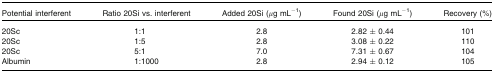
<table><thead><tr><td><b>Potential interferent</b></td><td><b>Ratio 20Si vs. interferent</b></td><td><b>Added 20Si (<i>μ</i>g mL<sup>−1</sup>)</b></td><td><b>Found 20Si (<i>μ</i>g mL<sup>−1</sup>)</b></td><td><b>Recovery (%)</b></td></tr></thead><tbody><tr><td>20Sc</td><td>1:1</td><td>2.8</td><td>2.82 ± 0.44</td><td>101</td></tr><tr><td>20Sc</td><td>1:5</td><td>2.8</td><td>3.08 ± 0.22</td><td>110</td></tr><tr><td>20Sc</td><td>5:1</td><td>7.0</td><td>7.31 ± 0.67</td><td>104</td></tr><tr><td>Albumin</td><td>1:1000</td><td>2.8</td><td>2.94 ± 0.12</td><td>105</td></tr></tbody></table>